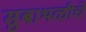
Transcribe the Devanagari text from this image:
सुबाभळीचे